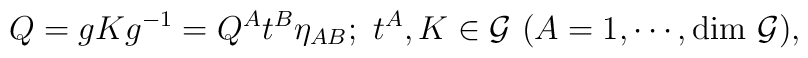
Q=gKg^{-1}=Q^At^B\eta_{AB};~t^A, K\in{\cal G}~ (A=1,\cdots, \mbox{dim}~{\cal G}),